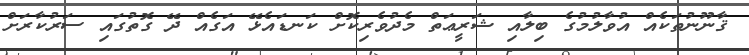
ޤާނޫނުތަކެއް އުވާލުމުގެ ބިލާއި ޝަރީޢަތް މެދުވެރިކޮށް ކަނޑައެޅޭ އަގެއް ދޭ ގޮތުގައި ސަރުކާރަށް